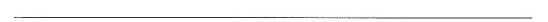
___